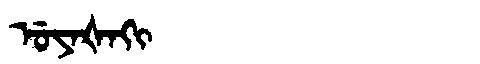
Manchu: ᡠᠶᠠᡧᠠᡴᡳ
Romanization: UYAŠAKI